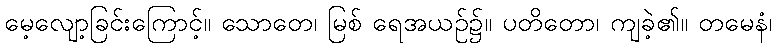
မေ့လျော့ခြင်းကြောင့်။ သောတေ၊ မြစ် ရေအယဉ်၌။ ပတိတော၊ ကျခဲ့၏။ တမေနံ၊